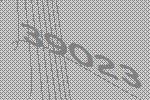
39023